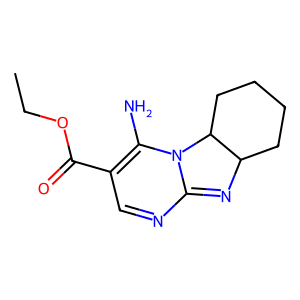
SMILES: CCOC(=O)C1=C(N)N2C(=NC3CCCCC32)N=C1
Inhibits HIV replication: No